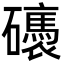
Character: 䃵